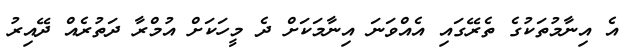
އެ އިނާމުތަކުގެ ތެރޭގައި އެއްވަނަ އިނާމަކަށް ދެ މީހަކަށް އުމްރާ ދަތުރެއް ދޭއިރު